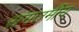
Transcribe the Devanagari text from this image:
संगतमीय